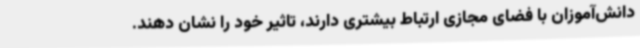
دانش‌آموزان با فضای مجازی ارتباط بیشتری دارند، تاثیر خود را نشان دهند.